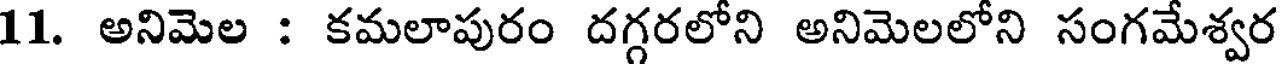
11. అనిమెల : కమలాపురం దగ్గరలోని అనిమెలలోని సంగమేశ్వర